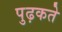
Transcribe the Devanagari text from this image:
पुढ़कते